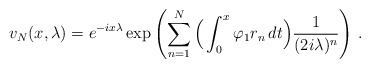
\begin{align*}v_N(x,\lambda)=e^{-i x\lambda}\exp\left(\sum_{n=1}^N\Big(\int_0^x\varphi_1r_n\,dt\Big)\frac{1}{(2i\lambda)^n}\right) \, .\end{align*}